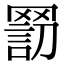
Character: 𦋬